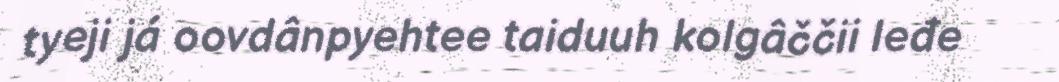
tyeji já oovdânpyehtee taiduuh kolgâččii leđe